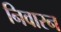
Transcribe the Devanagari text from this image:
निवारन